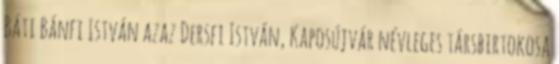
Báti Bánfi István azaz Dersfi István, Kaposújvár névleges társbirtokosa